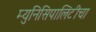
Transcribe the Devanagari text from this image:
म्युनिसिपालिटीचा